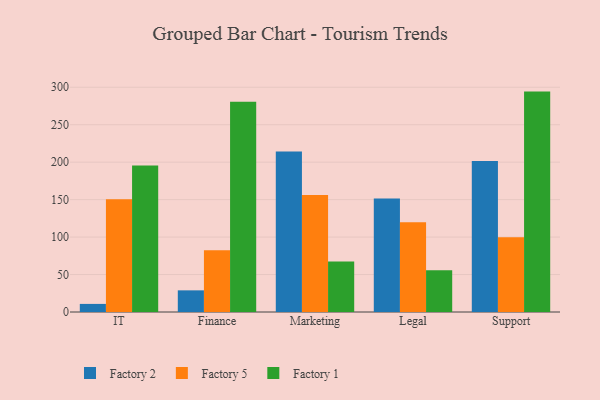
{"axis": {"x": "Department", "y": "Demand Index"}, "legend": ["Factory 1", "Factory 2", "Factory 5"], "data": [{"x": "IT", "y": 10.8, "type": "Factory 2"}, {"x": "IT", "y": 150.6, "type": "Factory 5"}, {"x": "IT", "y": 195.5, "type": "Factory 1"}, {"x": "Finance", "y": 28.9, "type": "Factory 2"}, {"x": "Finance", "y": 82.3, "type": "Factory 5"}, {"x": "Finance", "y": 280.5, "type": "Factory 1"}, {"x": "Marketing", "y": 214.4, "type": "Factory 2"}, {"x": "Marketing", "y": 156.1, "type": "Factory 5"}, {"x": "Marketing", "y": 67.5, "type": "Factory 1"}, {"x": "Legal", "y": 151.5, "type": "Factory 2"}, {"x": "Legal", "y": 119.9, "type": "Factory 5"}, {"x": "Legal", "y": 55.6, "type": "Factory 1"}, {"x": "Support", "y": 201.4, "type": "Factory 2"}, {"x": "Support", "y": 99.9, "type": "Factory 5"}, {"x": "Support", "y": 294.2, "type": "Factory 1"}]}